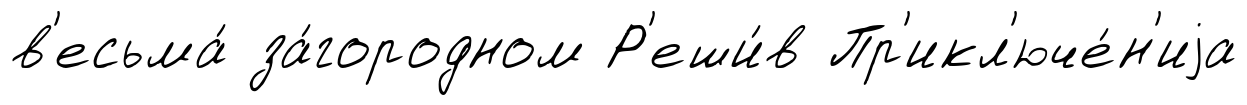
в'есьма́ за́городном Р'еши́в Пр'икл'юче́н'иjа